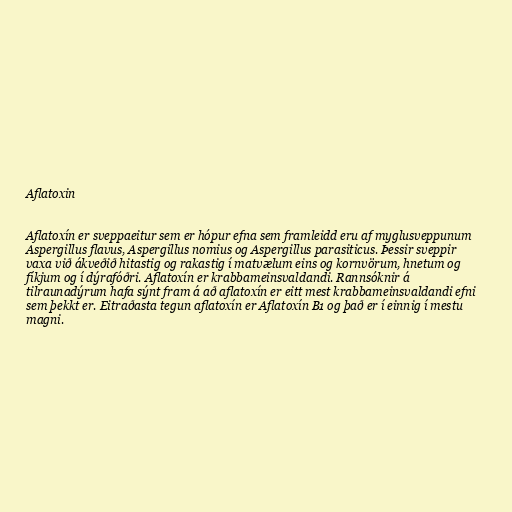
Aflatoxin

Aflatoxín er sveppaeitur sem er hópur efna sem framleidd eru af myglusveppunum
Aspergillus flavus, Aspergillus nomius og Aspergillus parasiticus. Þessir sveppir
vaxa við ákveðið hitastig og rakastig í matvælum eins og kornvörum, hnetum og
fíkjum og í dýrafóðri. Aflatoxín er krabbameinsvaldandi. Rannsóknir á
tilraunadýrum hafa sýnt fram á að aflatoxín er eitt mest krabbameinsvaldandi efni
sem þekkt er. Eitraðasta tegun aflatoxín er Aflatoxín B1 og það er í einnig í mestu
magni.